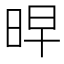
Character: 𭥳